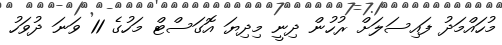
މުހައްމަދު ފައިސަލަށް ރުހުން ދިނީ މިދިޔަ އޮގަސްޓް މަހުގެ 11 ވަނަ ދުވަހު